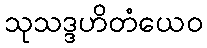
သုသဒ္ဒဟိတံယေဝ